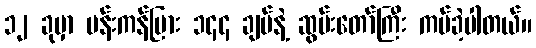
၁၂ ခုမှာ ပန်းကန်ပြား ၁၄၄ ချပ်နဲ့ ဆွမ်းတော်ကြီး ကပ်ခဲ့ပါတယ်။